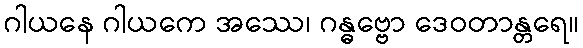
ဂါယနေ ဂါယကေ အဿေ၊ ဂန္ဓဗ္ဗော ဒေဝတာန္တရေ။